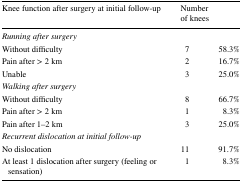
<table><thead><tr><td><b>Knee function after surgery at initial follow-up</b></td><td><b>Number of knees</b></td><td></td></tr></thead><tbody><tr><td colspan="3"><i>Running after surgery</i></td></tr><tr><td>Without difficulty</td><td>7</td><td>58.3%</td></tr><tr><td>Pain after &gt; 2 km</td><td>2</td><td>16.7%</td></tr><tr><td>Unable</td><td>3</td><td>25.0%</td></tr><tr><td colspan="3"><i>Walking after surgery</i></td></tr><tr><td>Without difficulty</td><td>8</td><td>66.7%</td></tr><tr><td>Pain after &gt; 2 km</td><td>1</td><td>8.3%</td></tr><tr><td>Pain after 1–2 km</td><td>3</td><td>25.0%</td></tr><tr><td colspan="3"><i>Recurrent dislocation at initial follow-up</i></td></tr><tr><td>No dislocation</td><td>11</td><td>91.7%</td></tr><tr><td>At least 1 dislocation after surgery (feeling or sensation)</td><td>1</td><td>8.3%</td></tr></tbody></table>